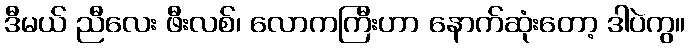
ဒီမယ် ညီလေး ဖီးလစ်၊ လောကကြီးဟာ နောက်ဆုံးတော့ ဒါပဲကွ။